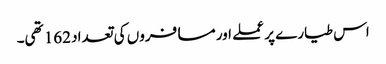
اس طیارے پر عملے اور مسافروں کی تعداد 162 تھی۔